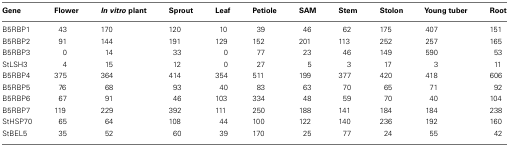
| Gene | Flower | In vitro plant | Sprout | Leaf | Petiole | SAM | Stem | Stolon | Young tuber | Root |
 | --- | --- | --- | --- | --- | --- | --- | --- | --- | --- | --- |
 | B5RBP1 | 43 | 170 | 120 | 10 | 39 | 46 | 62 | 175 | 407 | 151 |
 | B5RBP2 | 91 | 144 | 191 | 129 | 152 | 201 | 113 | 252 | 257 | 165 |
 | B5RBP3 | 0 | 14 | 33 | 0 | 77 | 23 | 46 | 149 | 590 | 53 |
 | StLSH3 | 4 | 15 | 12 | 0 | 27 | 5 | 3 | 17 | 3 | 11 |
 | B5RBP4 | 375 | 364 | 414 | 354 | 511 | 199 | 377 | 420 | 418 | 606 |
 | B5RBP5 | 76 | 68 | 93 | 40 | 83 | 63 | 70 | 65 | 71 | 92 |
 | B5RBP6 | 67 | 91 | 46 | 103 | 334 | 48 | 59 | 70 | 40 | 104 |
 | B5RBP7 | 119 | 229 | 392 | 111 | 250 | 188 | 141 | 184 | 184 | 238 |
 | StHSP70 | 65 | 64 | 108 | 44 | 100 | 122 | 140 | 236 | 192 | 160 |
 | StBEL5 | 35 | 52 | 60 | 39 | 170 | 25 | 77 | 24 | 55 | 42 |